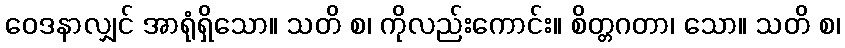
ဝေဒနာလျှင် အာရုံရှိသော။ သတိ စ၊ ကိုလည်းကောင်း။ စိတ္တဂတာ၊ သော။ သတိ စ၊